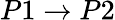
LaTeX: P1\rightarrow P2